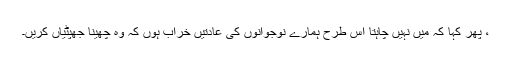
، پھر کہا کہ میں نہیں چاہتا اس طرح ہمارے نوجوانوں کی عادتیں خراب ہوں کہ وہ چھینا جھپٹیاں کریں۔